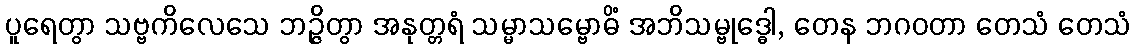
ပူရေတွာ သဗ္ဗကိလေသေ ဘဉ္ဇိတွာ အနုတ္တရံ သမ္မာသမ္ဗောဓိံ အဘိသမ္ဗုဒ္ဓေါ, တေန ဘဂဝတာ တေသံ တေသံ